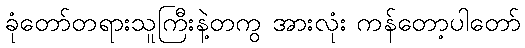
ခုံတော်တရားသူကြီးနဲ့တကွ အားလုံး ကန်တော့ပါတော်